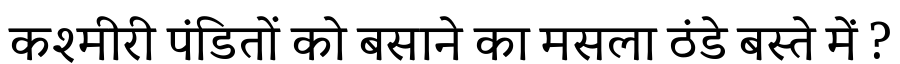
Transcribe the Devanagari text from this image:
कश्मीरी पंडितों को बसाने का मसला ठंडे बस्ते में ?